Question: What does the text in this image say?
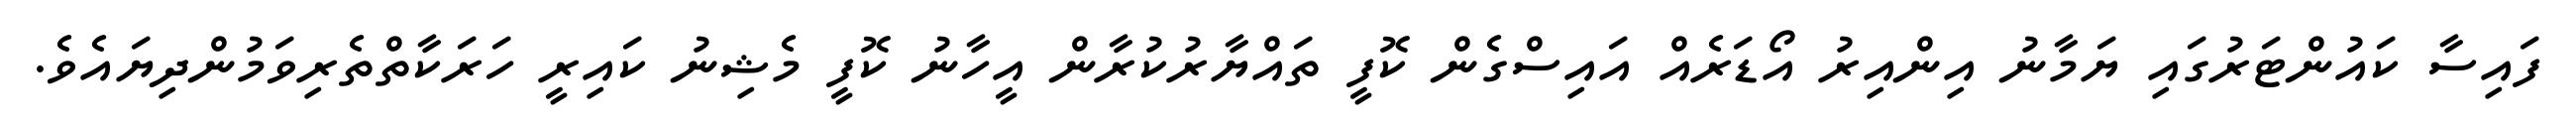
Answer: ފައިސާ ކައުންޓަރުގައި ޔަމާނު އިންއިރު އޯޑަރެއް އައިސްގެން ކޮފީ ތައްޔާރުކުރާން އީހާނު ކޮފީ މެޝިނު ކައިރީ ހަރަކާތްތެރިވަމުންދިޔައެވެ.